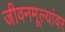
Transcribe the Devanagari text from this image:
जीवनमूल्यांवर